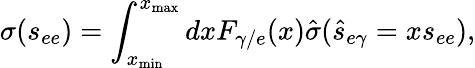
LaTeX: \sigma(s_{ee})=\int_{x_{\mathrm{min}}}^{x_{\mathrm{max}}}dxF_{\gamma/e}(x)\hat{\sigma}(\hat{s}_{e\gamma}=xs_{ee}),